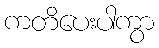
ကတိပေးပါကွာ